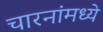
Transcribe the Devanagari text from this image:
चारनांमध्ये